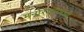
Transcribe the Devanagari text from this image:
मनोरंजनमध्ये